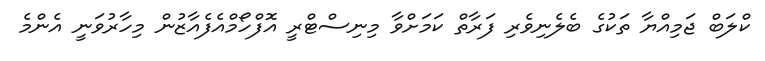
ކްލަބް ޖަމިއްޔާ ތަކުގެ ބެލެނިވެރި ފަރާތް ކަމަށްވާ މިނިސްޓްރީ އޮފްހޯމްއެފެއާޒުން މިހާރުވަނީ އެންމެ